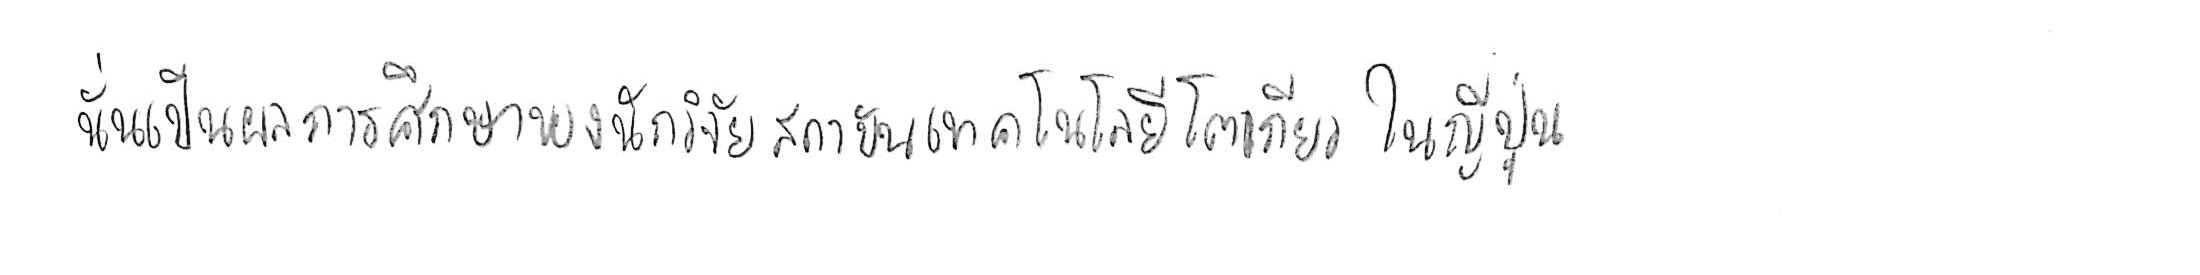
นั่นเป็นผลการศึกษาของนักวิจัยสถาบันเทคโนโลยีโตเกียว ในญี่ปุ่น